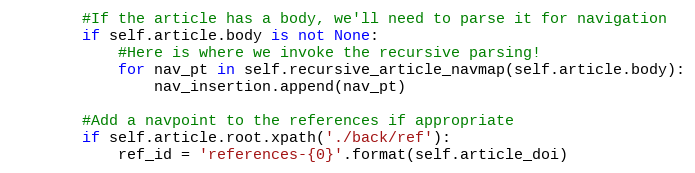
Language: Python
        #If the article has a body, we'll need to parse it for navigation
        if self.article.body is not None:
            #Here is where we invoke the recursive parsing!
            for nav_pt in self.recursive_article_navmap(self.article.body):
                nav_insertion.append(nav_pt)

        #Add a navpoint to the references if appropriate
        if self.article.root.xpath('./back/ref'):
            ref_id = 'references-{0}'.format(self.article_doi)